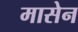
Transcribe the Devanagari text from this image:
मासेन